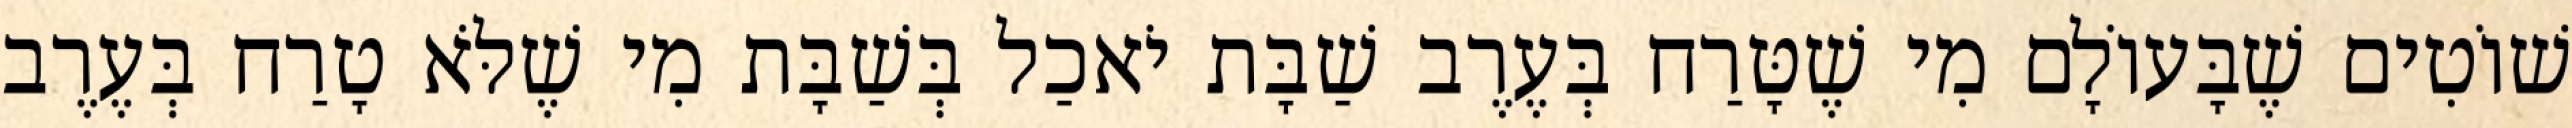
שׁוֹטִים שֶׁבָּעוֹלָם מִי שֶׁטָּרַח בְּעֶרֶב שַׁבָּת יֹאכַל בְּשַׁבָּת מִי שֶׁלֹּא טָרַח בְּעֶרֶב